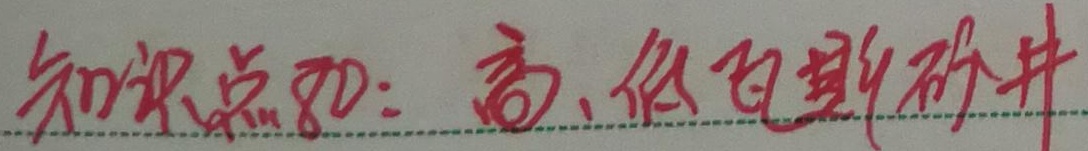
知识点80：高、低自期矿井